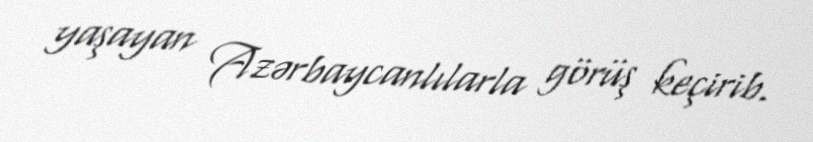
yaşayan Azərbaycanlılarla görüş keçirib.